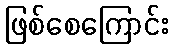
ဖြစ်စေကြောင်း